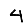
Digit: 4